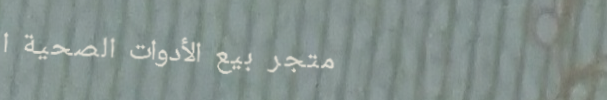
متجر بيع الأدوات الصحية ا